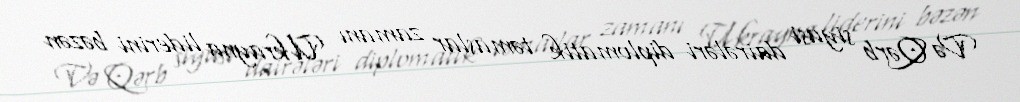
Və Qərb siyasi dairələri diplomatik təmaslar zamanı Ukrayna liderini bəzən